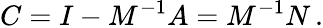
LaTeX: C=I-M^{-1}A=M^{-1}N\, .